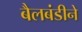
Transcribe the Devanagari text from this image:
बैलबंडीने